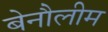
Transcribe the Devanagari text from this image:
बेनौलीम